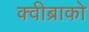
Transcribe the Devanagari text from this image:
क्वीब्राको